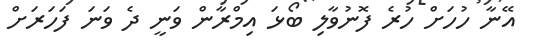
އޭނާ ހުހަށް ހުރެ ފޮނުވާލި ބޯޅަ އިމްރާން ވަނީ ދެ ވަނަ ފަހަރަށް